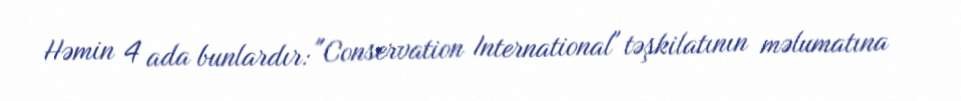
Həmin 4 ada bunlardır: "Conservation International" təşkilatının məlumatına